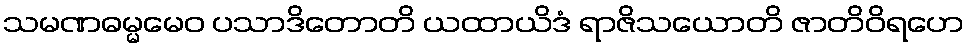
သမဏဓမ္မမေဝ ပသာဒိတောတိ ယထာယိဒံ ရာဇိသယောတိ ဇာတိဝိရဟေ